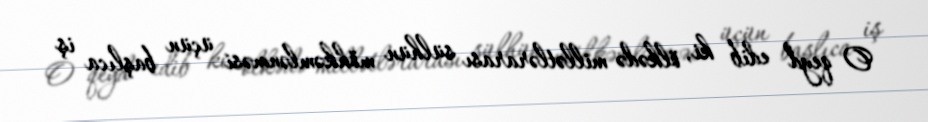
O qeyd edib ki, ölkədə millətlərarası sülhün möhkəmlənməsi üçün başlıca iş